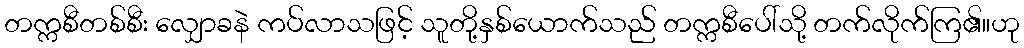
တက္ကစီတစ်စီး လျှောခနဲ ကပ်လာသဖြင့် သူတို့နှစ်ယောက်သည် တက္ကစီပေါ်သို့ တက်လိုက်ကြ၏။ဟု